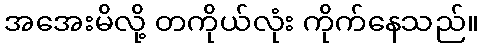
အအေးမိလို့ တကိုယ်လုံး ကိုက်နေသည်။